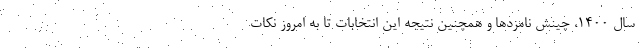
سال ۱۴۰۰، چینش نامزدها و همچنین نتیجه این انتخابات تا به امروز نکات